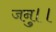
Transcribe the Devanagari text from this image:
जनु।।